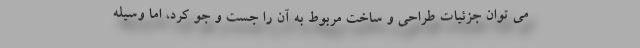
می توان جزئیات طراحی و ساخت مربوط به آن را جست و جو کرد، اما وسیله